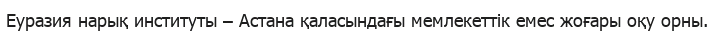
Еуразия нарық институты – Астана қаласындағы мемлекеттік емес жоғары оқу орны.